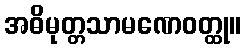
အဓိမုတ္တသာမဏေဝတ္ထု။